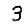
Digit: 3